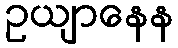
ဥယျာနေန